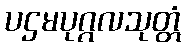
ပဌမပုဂ္ဂလသုတ္တံ